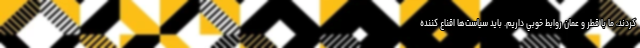
کردند، ما با قطر و عمان روابط خوبي داريم. بايد سياست‌ها اقناع کننده